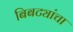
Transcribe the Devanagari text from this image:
बिबट्यांचा